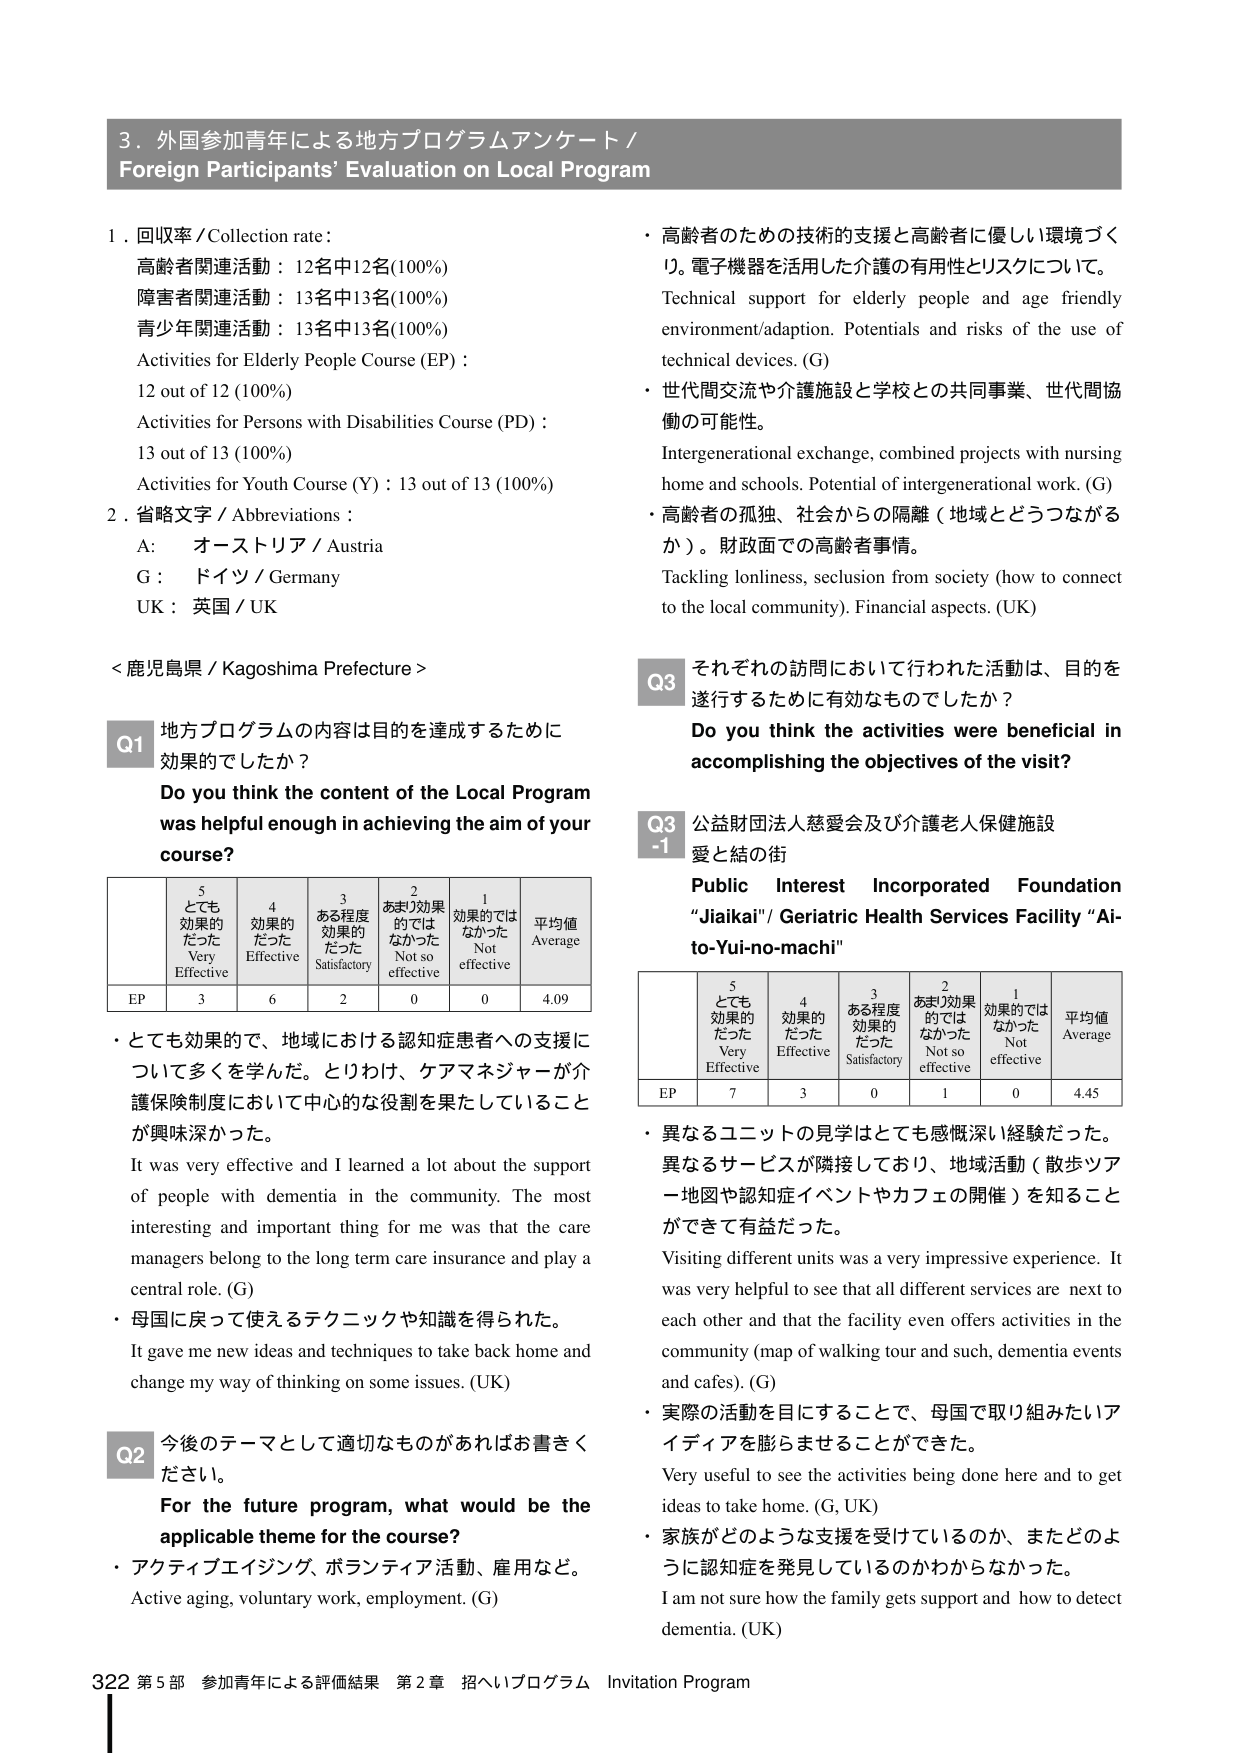
3. 外国参加青年による地方プログラムアンケート / Foreign Participants' Evaluation on Local Program

1. 回収率 / Collection rate:
高齢者関連活動：12名中12名(100%)
障害者関連活動：13名中13名(100%)
青少年関連活動：13名中13名(100%)
Activities for Elderly People Course (EP)：
12 out of 12 (100%)
Activities for Persons with Disabilities Course (PD)：
13 out of 13 (100%)
Activities for Youth Course (Y)：13 out of 13 (100%)

2. 省略文字 / Abbreviations：
A: オーストリア / Austria
G: ドイツ / Germany
UK: 英国 / UK

<鹿児島県 / Kagoshima Prefecture>

Q1 地方プログラムの内容は目的を達成するために効果的でしたか？
Do you think the content of the Local Program was helpful enough in achieving the aim of your course?

| 5 とても効果的だった Very Effective | 4 効果的だった Effective | 3 ある程度効果的だった Satisfactory | 2 あまり効果的ではなかった Not so effective | 1 効果的ではなかった Not effective | 平均値 Average |
|--------------------------------------|--------------------------|--------------------------------------|---------------------------------------------|-------------------------------------|----------------|
| EP                                   | 3                        | 6                                    | 2                                           | 0                                   | 0              |
|                                      |                          |                                      |                                             |                                     | 4.09           |

・とても効果的で、地域における認知症患者への支援について多くを学んだ。とりわけ、ケアマネジャーが介護保険制度において中心的な役割を果たしていることが興味深かった。
It was very effective and I learned a lot about the support of people with dementia in the community. The most interesting and important thing for me was that the care managers belong to the long term care insurance and play a central role. (G)

・母国に戻って使えるテクニックや知識を得られた。
It gave me new ideas and techniques to take back home and change my way of thinking on some issues. (UK)

Q2 今後のテーマとして適切なものがあればお書きください。
For the future program, what would be the applicable theme for the course?
・アクティブエイジング、ボランティア活動、雇用など。
Active aging, voluntary work, employment. (G)

・高齢者のための技術的支援と高齢者に優しい環境づくり。電子機器を活用した介護の有用性とリスクについて。
Technical support for elderly people and age friendly environment/adaption. Potentials and risks of the use of technical devices. (G)

・世代間交流や介護施設と学校との共同事業、世代間協働の可能性。
Intergenerational exchange, combined projects with nursing home and schools. Potential of intergenerational work. (G)

・高齢者の孤独、社会からの隔離（地域とどうつながるか）。財政面での高齢者事情。
Tackling loneliness, seclusion from society (how to connect to the local community). Financial aspects. (UK)

Q3 それぞれの訪問において行われた活動は、目的を遂行するために有効なものでしたか？
Do you think the activities were beneficial in accomplishing the objectives of the visit?

Q3-1 公益財団法人慈愛会及び介護老人保健施設 愛と結の街
Public Interest Incorporated Foundation "Jiakai" / Geriatric Health Services Facility "Ai-to-Yui-no-machi"

| 5 とても効果的だった Very Effective | 4 効果的だった Effective | 3 ある程度効果的だった Satisfactory | 2 あまり効果的ではなかった Not so effective | 1 効果的ではなかった Not effective | 平均値 Average |
|--------------------------------------|--------------------------|--------------------------------------|---------------------------------------------|-------------------------------------|----------------|
| EP                                   | 7                        | 3                                    | 0                                           | 1                                   | 0              |
|                                      |                          |                                      |                                             |                                     | 4.45           |

・異なるユニットの見学はとても感慨深い経験だった。異なるサービスが隣接しており、地域活動（散歩ツアー地図や認知症イベントやカフェの開催）を知ることができて有益だった。
Visiting different units was a very impressive experience. It was very helpful to see that all different services are next to each other and that the facility even offers activities in the community (map of walking tour and such, dementia events and cafes). (G)

・実際の活動を目にしてることで、母国で取り組みたいアイデアを膨らませることができた。
Very useful to see the activities being done here and to get ideas to take home. (G, UK)

・家族がどのような支援を受けているのか、またどのように認知症を発見しているのかわからなかった。
I am not sure how the family gets support and how to detect dementia. (UK)

322 第5部 参加青年による評価結果 第2章 招へいプログラム Invitation Program